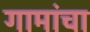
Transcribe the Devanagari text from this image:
गामांचा